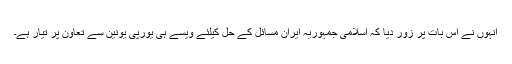
انہوں نے اس بات پر زور دیا کہ اسلامی جمہوریہ ایران مسائل کے حل کیلئے ویسے ہی یورپی یونین سے تعاون پر تیار ہے۔